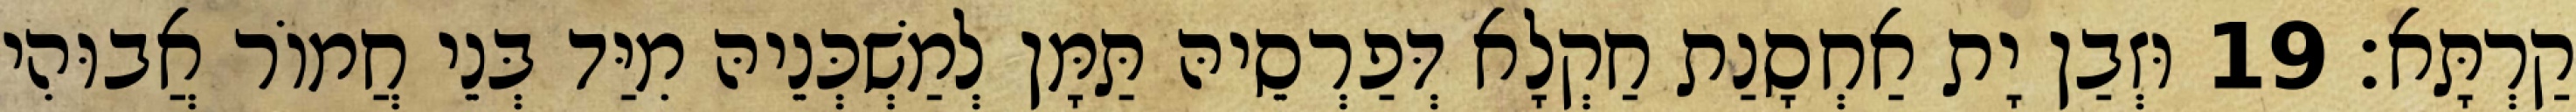
קַרְתָּא׃ 19 וּזְבַן יָת אַחְסָנַת חַקְלָא דְּפַרְסֵיהּ תַּמָּן לְמַשְׁכְּנֵיהּ מִיַּד בְּנֵי חֲמוֹר אֲבוּהִי